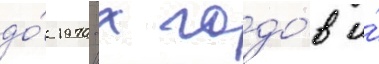
до́ 1970-х годо́в и́